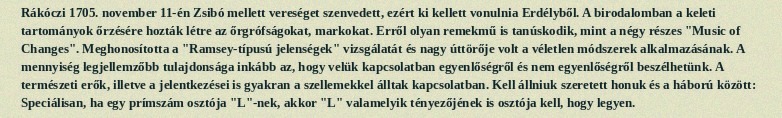
Rákóczi 1705. november 11-én Zsibó mellett vereséget szenvedett, ezért ki kellett vonulnia Erdélyből. A birodalomban a keleti tartományok őrzésére hozták létre az őrgrófságokat, markokat. Erről olyan remekmű is tanúskodik, mint a négy részes "Music of Changes". Meghonosította a "Ramsey-típusú jelenségek" vizsgálatát és nagy úttörője volt a véletlen módszerek alkalmazásának. A mennyiség legjellemzőbb tulajdonsága inkább az, hogy velük kapcsolatban egyenlőségről és nem egyenlőségről beszélhetünk. A természeti erők, illetve a jelentkezései is gyakran a szellemekkel álltak kapcsolatban. Kell állniuk szeretett honuk és a háború között: Speciálisan, ha egy prímszám osztója "L"-nek, akkor "L" valamelyik tényezőjének is osztója kell, hogy legyen.